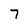
Character: 7